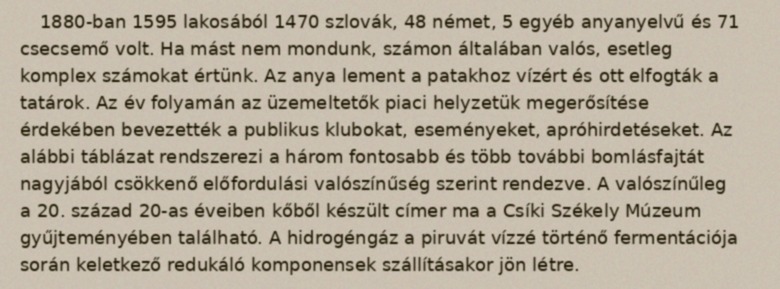
1880-ban 1595 lakosából 1470 szlovák, 48 német, 5 egyéb anyanyelvű és 71 csecsemő volt. Ha mást nem mondunk, számon általában valós, esetleg komplex számokat értünk. Az anya lement a patakhoz vízért és ott elfogták a tatárok. Az év folyamán az üzemeltetők piaci helyzetük megerősítése érdekében bevezették a publikus klubokat, eseményeket, apróhirdetéseket. Az alábbi táblázat rendszerezi a három fontosabb és több további bomlásfajtát nagyjából csökkenő előfordulási valószínűség szerint rendezve. A valószínűleg a 20. század 20-as éveiben kőből készült címer ma a Csíki Székely Múzeum gyűjteményében található. A hidrogéngáz a piruvát vízzé történő fermentációja során keletkező redukáló komponensek szállításakor jön létre.